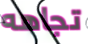
تجاهه